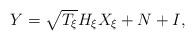
LaTeX: \begin{align*}Y=\sqrt{T_\xi}H_\xi X_\xi+N+I,\end{align*}